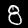
Label: 8